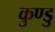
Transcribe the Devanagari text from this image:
कुण्डु